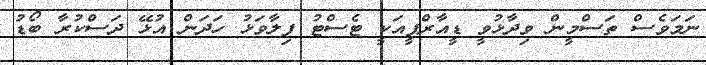
ނަމަވެސް ތަސްމީން ވިދާޅުވީ ޑީއާރްޕީއަކީ ޓެސްޓު ފިލާވަޅު ހަދަން އުޅޭ ދަސްކުރާ ބޯޑު